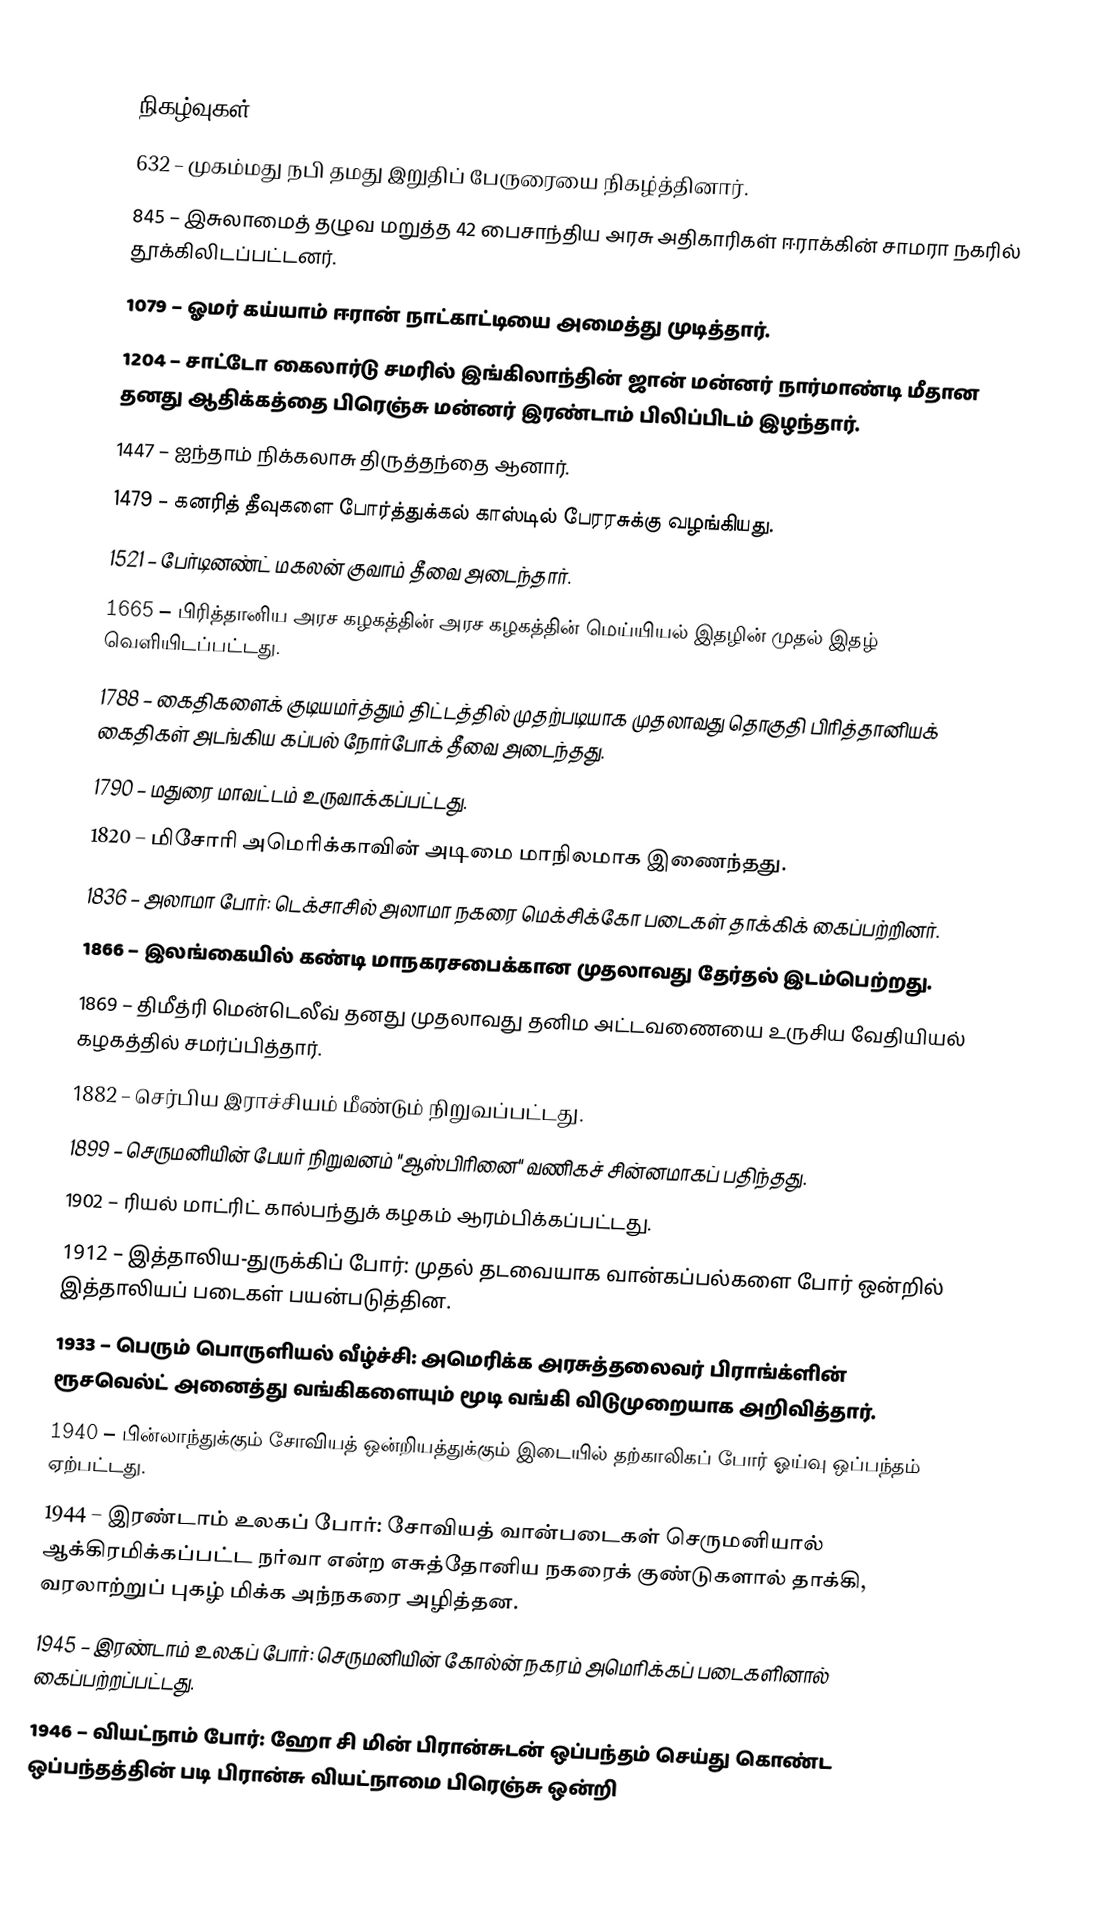

நிகழ்வுகள்
 632 – முகம்மது நபி தமது இறுதிப் பேருரையை நிகழ்த்தினார்.
 845 – இசுலாமைத் தழுவ மறுத்த 42 பைசாந்திய அரசு அதிகாரிகள் ஈராக்கின் சாமரா நகரில் தூக்கிலிடப்பட்டனர்.
1079 – ஓமர் கய்யாம் ஈரான் நாட்காட்டியை அமைத்து முடித்தார்.
1204 – சாட்டோ கைலார்டு சமரில் இங்கிலாந்தின் ஜான் மன்னர் நார்மாண்டி மீதான தனது ஆதிக்கத்தை பிரெஞ்சு மன்னர் இரண்டாம் பிலிப்பிடம் இழந்தார்.
1447 – ஐந்தாம் நிக்கலாசு திருத்தந்தை ஆனார்.
1479 – கனரித் தீவுகளை போர்த்துக்கல் காஸ்டில் பேரரசுக்கு வழங்கியது.
1521 – பேர்டினண்ட் மகலன் குவாம் தீவை அடைந்தார்.
1665 – பிரித்தானிய அரச கழகத்தின் அரச கழகத்தின் மெய்யியல் இதழின் முதல் இதழ் வெளியிடப்பட்டது.
1788 – கைதிகளைக் குடியமர்த்தும் திட்டத்தில் முதற்படியாக முதலாவது தொகுதி பிரித்தானியக் கைதிகள் அடங்கிய கப்பல் நோர்போக் தீவை அடைந்தது.
1790 – மதுரை மாவட்டம் உருவாக்கப்பட்டது.
1820 – மிசோரி அமெரிக்காவின் அடிமை மாநிலமாக இணைந்தது.
1836 – அலாமா போர்: டெக்சாசில் அலாமா நகரை மெக்சிக்கோ படைகள் தாக்கிக் கைப்பற்றினர்.
1866 – இலங்கையில் கண்டி மாநகரசபைக்கான முதலாவது தேர்தல் இடம்பெற்றது.
1869 – திமீத்ரி மென்டெலீவ் தனது முதலாவது தனிம அட்டவணையை உருசிய வேதியியல் கழகத்தில் சமர்ப்பித்தார்.
1882 – செர்பிய இராச்சியம் மீண்டும் நிறுவப்பட்டது.
1899 – செருமனியின் பேயர் நிறுவனம் "ஆஸ்பிரினை" வணிகச் சின்னமாகப் பதிந்தது.
1902 – ரியல் மாட்ரிட் கால்பந்துக் கழகம் ஆரம்பிக்கப்பட்டது.
1912 – இத்தாலிய-துருக்கிப் போர்: முதல் தடவையாக வான்கப்பல்களை போர் ஒன்றில் இத்தாலியப் படைகள் பயன்படுத்தின.
1933 – பெரும் பொருளியல் வீழ்ச்சி: அமெரிக்க அரசுத்தலைவர் பிராங்க்ளின் ரூசவெல்ட் அனைத்து வங்கிகளையும் மூடி வங்கி விடுமுறையாக அறிவித்தார்.
1940 – பின்லாந்துக்கும் சோவியத் ஒன்றியத்துக்கும் இடையில் தற்காலிகப் போர் ஓய்வு ஒப்பந்தம் ஏற்பட்டது.
1944 – இரண்டாம் உலகப் போர்: சோவியத் வான்படைகள் செருமனியால் ஆக்கிரமிக்கப்பட்ட நர்வா என்ற எசுத்தோனிய நகரைக் குண்டுகளால் தாக்கி, வரலாற்றுப் புகழ் மிக்க அந்நகரை அழித்தன.
1945 – இரண்டாம் உலகப் போர்: செருமனியின் கோல்ன் நகரம் அமெரிக்கப் படைகளினால் கைப்பற்றப்பட்டது.
1946 – வியட்நாம் போர்: ஹோ சி மின் பிரான்சுடன் ஒப்பந்தம் செய்து கொண்ட ஒப்பந்தத்தின் படி பிரான்சு வியட்நாமை பிரெஞ்சு ஒன்றி